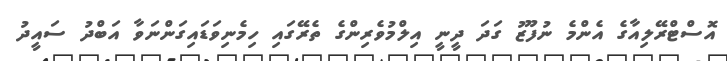
އޮސްޓްރޭލިއާގެ އެންމެ ނުފޫޒު ގަދަ ދީނީ އިލްމުވެރިންގެ ތެރޭގައި ހިމެނިވަޑައިގަންނަވާ އަބްދު ސައީދު